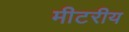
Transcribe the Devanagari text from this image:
मीटरीय